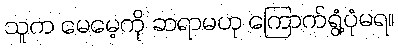
သူက မေမေ့ကို ဆရာမဟု ကြောက်ရွံ့ပုံမရ။